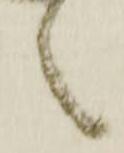
之